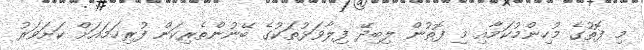
މި ފޮތުގެ މުހިންމުކަމާއި މި ފޮތުން ލިބިދޭ ފިލާވަޅުތަކުގެ ބޭނުންތެރިކަން ފުރިހަމައަށް ކަށަވަރު